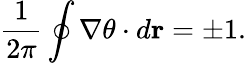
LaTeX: \frac{1}{2\pi}\oint{\nabla\theta\cdot d\mathbf{r}}=\pm 1.